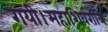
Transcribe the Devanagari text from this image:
गयी।महाशिवरात्रि